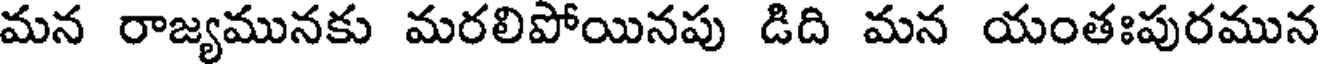
మన రాజ్యమునకు మరలిపోయినపు డిది మన యంతఃపురమున